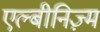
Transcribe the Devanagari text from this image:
एल्बीनिज़्म